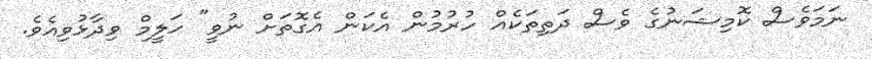
ނަމަވެސް ކޮމިޝަނުގެ ވެސް ދަތިތަކެއް ހުރުމުން އެކަން އެގޮތަށް ނުވީ" ހަލީމް ވިދާޅުވިއެވެ.